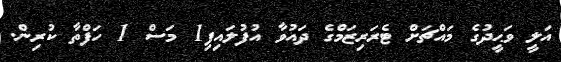
އަލީ ވަޙީދުގެ މައްޗަށް ޓެރަރިޒަމްގެ ދައުވާ އުފުލައިފި1 މަސް 1 ހަފްތާ ކުރިން.